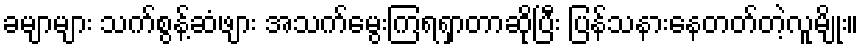
ခမျာများ သက်စွန့်ဆံဖျား အသက်မွေးကြရရှာတာဆိုပြီး ပြန်သနားနေတတ်တဲ့လူမျိုး။